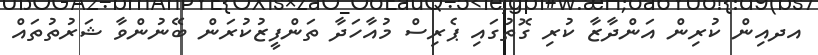
އދއިން ކުރިން އަންދާޒާ ކުރި ގޮތުގައި ޕެރިސް މުއާހަދާ ތަންފީޒުކުރަން ބޭނުންވާ ޝަރުތުތައް